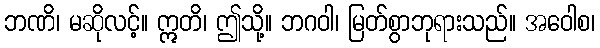
ဘဏိ၊ မဆိုလင့်။ ဣတိ၊ ဤသို့။ ဘဂဝါ၊ မြတ်စွာဘုရားသည်။ အဝေါစ၊